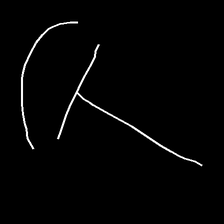
Glyph: dispersion